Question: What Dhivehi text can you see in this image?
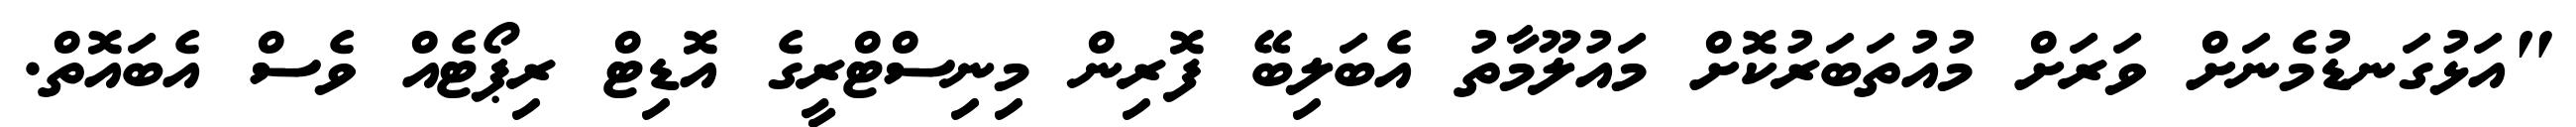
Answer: "އަޅުގަނޑުމެނަށް ވަރަށް މުއުތަބަރުކޮށް މައުލޫމާތު އެބަލިބޭ ފޮރިން މިނިސްޓްރީގެ އޮޑިޓް ރިޕޯޓެއް ވެސް އެބައޮތް.